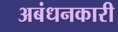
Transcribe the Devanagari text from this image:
अबंधनकारी